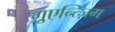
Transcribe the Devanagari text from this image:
ग़्रुएन्त्ज़िग